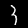
Digit: 3